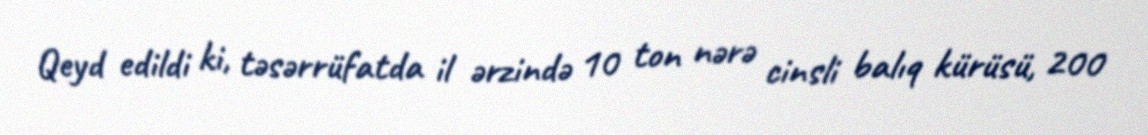
Qeyd edildi ki, təsərrüfatda il ərzində 10 ton nərə cinsli balıq kürüsü, 200